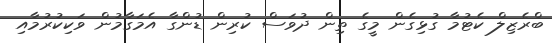
ބްރެޒިލް ކެޓުމާ ގުޅިގެން މީގެ ތިން ދުވަސް ކުރިން ޑުންގާ އެމަގާމުން ވަކިކުރުމާއި